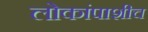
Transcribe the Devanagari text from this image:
लोकांपाशीच